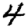
Digit: 4